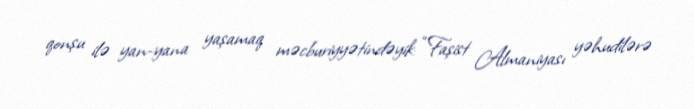
qonşu ilə yan-yana yaşamaq məcburiyyətindəyik: “Faşist Almaniyası yəhudilərə